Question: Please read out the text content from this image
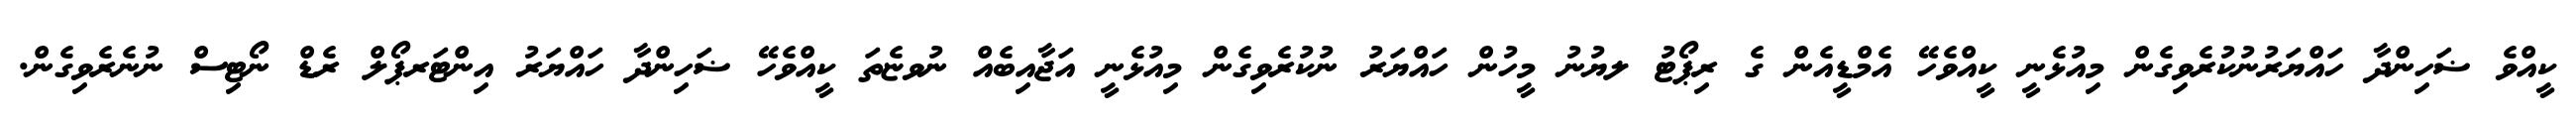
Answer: ކީއްވެ ޟަހިންދާ ހައްޔަރުނުކުރެވިގެން މިއުޅެނީ ކީއްވެހޭ އެމްޑީއެން ގެ ރިޕޯޓު ލޔުނު މީހުން ހައްޔަރު ނުކުރެވިގެން މިއުޅެނީ އަޖާއިބެއް ނުވޏެތަ ކީއްވެހޭ ޟަހިންދާ ހައްޔަރު އިންޓަރޕޯލް ރެޑް ނޯޓިސް ނުނެރެވިގެން.